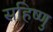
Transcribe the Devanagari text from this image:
सहिष्‍णु